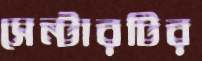
সেন্টারটির